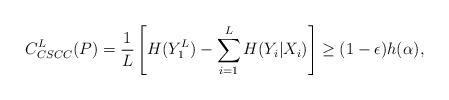
LaTeX: \begin{align*}C_{CSCC}^{L}(P) = \frac{1}{L} \left[ H(Y_1^L) - \sum_{i=1}^{L} H(Y_i | X_i)\right] \ge (1-\epsilon) h(\alpha),\end{align*}